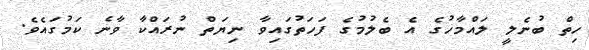
ހިތް ބުނެލީ ލައްމާހުގެ އެ ބެލުމުގެ ފަހަތުގައިވާ ނިޔަތް ނުރައްކާ ވާނެ ކަމުގައެވެ.